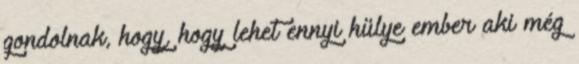
gondolnak, hogy, hogy lehet ennyi hülye ember aki még